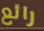
رائع